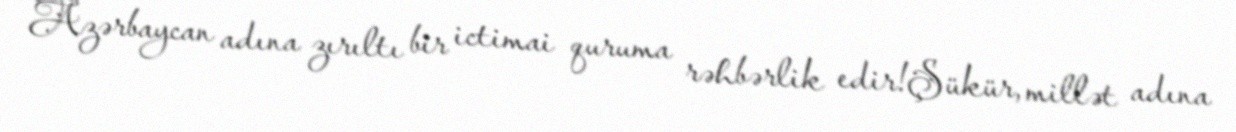
Azərbaycan adına zırıltı bir ictimai quruma rəhbərlik edir!Şükür, millət adına